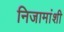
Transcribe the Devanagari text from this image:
निजामांशी